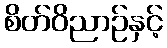
စိတ်ဝိညာဉ်နှင့်